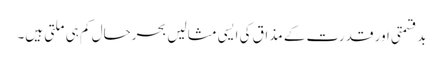
بدقسمتی اور قدرت کے مذاق کی ایسی مثالیں بحرحال کم ہی ملتی ہیں۔